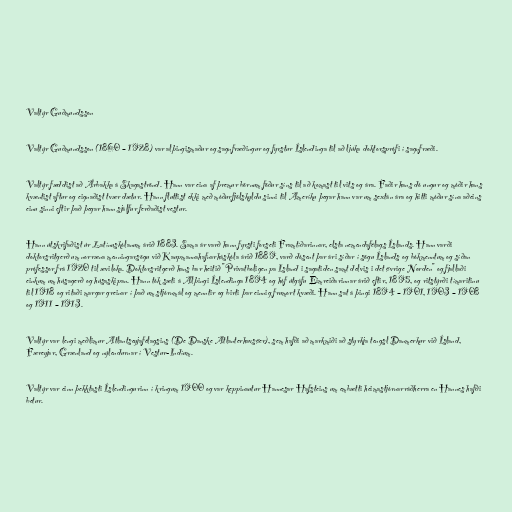
Valtýr Guðmundsson

Valtýr Guðmundsson (1860 – 1928) var alþingismaður og sagnfræðingur og fyrstur Íslendinga til að ljúka doktorsprófi í sagnfræði.

Valtýr fæddist að Árbakka á Skagaströnd. Hann var eina af þremur börnum föður síns til að komast til vits og ára. Faðir hans dó ungur og móðir hans
kvæntist aftur og eignaðist tvær dætur. Hann fluttist ekki með móðurfjölskyldu sinni til Ameríku þegar hann var um sextán ára og hitti móður sína aðeins
einu sinni eftir það þegar hann sjálfur ferðaðist vestur.

Hann útskrifaðist úr Latínuskólanum árið 1883. Sama ár varð hann fyrsti forseti Framtíðarinnar, elsta nemendafélags Íslands. Hann varði
doktorsritgerð um norræna menningarsögu við Kaupmannahafnarháskóla árið 1889, varð dósent þar ári síðar í sögu Íslands og bókmenntum og síðan
prófessor frá 1920 til æviloka. Doktorsritgerð hans bar heitið "Privatboligen pa Island i sagatiden samt delvis i det øvrige Norden" og fjallaði
einkum um húsagerð og húsaskipan. Hann tók sæti á Alþingi Íslendinga 1894 og hóf útgáfu Eimreiðarinnar árið eftir, 1895, og ritstýrði tímaritinu
til 1918 og ritaði margar greinar í það um stjórnmál og menntir og birti þar einnig frumort kvæði. Hann sat á þingi 1894 – 1901, 1903 – 1908
og 1911 – 1913.

Valtýr var lengi meðlimur Atlantseyjafélagsins (De Danske Atlanterhavsøer), sem hafði að markmiði að styrkja tengsl Danmerkur við Ísland,
Færeyjar, Grænland og nýlendurnar í Vestur-Indíum.

Valtýr var einn þekktasti Íslendingurinn í kringum 1900 og var keppinautur Hannesar Hafsteins um embætti heimastjórnarráðherra en Hannes hafði
betur.